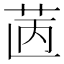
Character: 𦭯